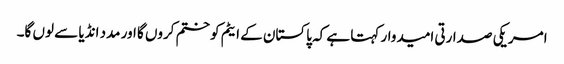
امریکی صدارتی امیدوار کہتا ہے کہ پاکستان کے ایٹم کو ختم کروں گا اور مدد انڈیا سے لوں گا۔